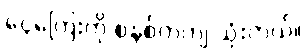
ငွေကြေးကို စနစ်တကျ သုံးတယ်။